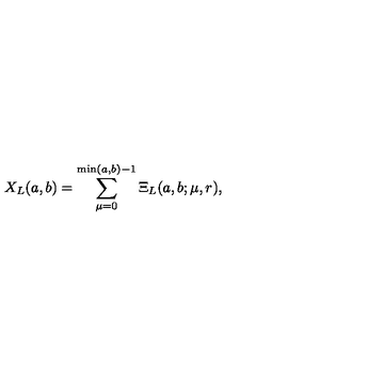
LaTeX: X _ { L } ( a , b ) = \sum _ { \mu = 0 } ^ { \min ( a , b ) - 1 } \Xi _ { L } ( a , b ; \mu , r ) ,